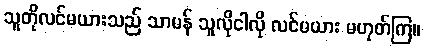
သူတိုလင်မယားသည် သာမန် သူလိုငါလို လင်မယား မဟုတ်ကြ။